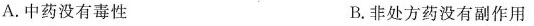
A.中药没有毒性 B.非处方药没有副作用